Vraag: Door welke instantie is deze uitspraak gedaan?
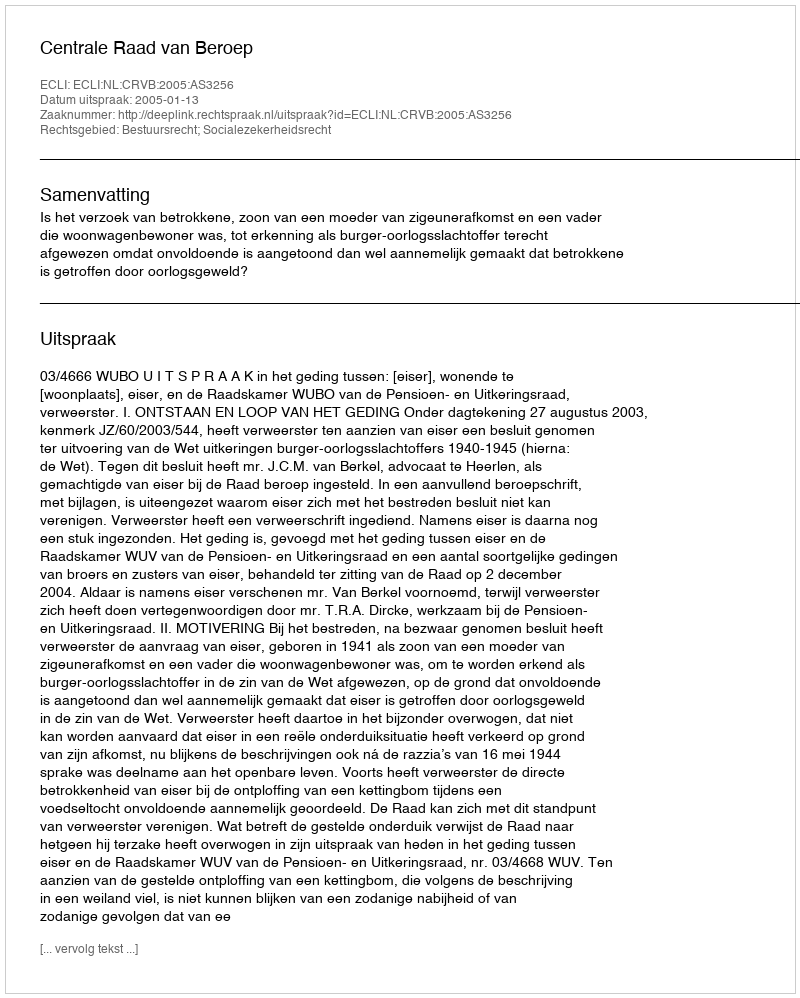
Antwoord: Centrale Raad van Beroep